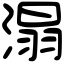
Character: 溻